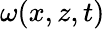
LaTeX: \omega(x,z,t)